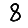
Digit: 8